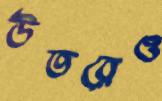
উতরেও